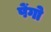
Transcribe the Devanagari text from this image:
पेंगो